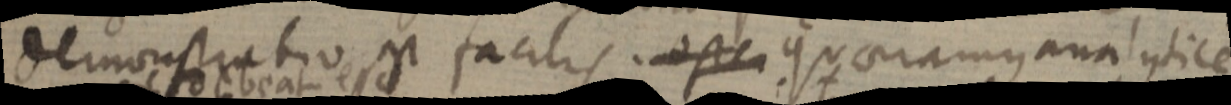
demonstratio, facilis. oste quaramus analytice